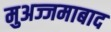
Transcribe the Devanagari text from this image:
मुअज्जमाबाद